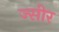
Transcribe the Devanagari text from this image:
ज्सीर